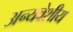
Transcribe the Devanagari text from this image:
अन्यवेशीय